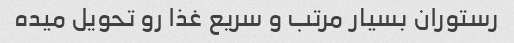
رستوران بسیار مرتب و سریع غذا رو تحویل میده